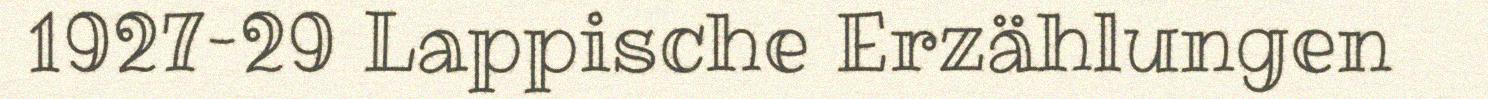
1927–29 Lappische Erzählungen